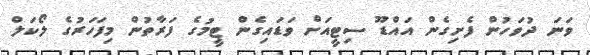
ވަނަ ދުވަހުން ފެށިގެން އައްޑޫ ސިޓީއަށް ވަޑައިގެން ޓީމުގެ ފަރާތުން މިފަހަރުގެ ލޯކަލް